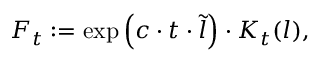
F _ { t } : = \exp \left( c \cdot t \cdot \tilde { l } \right) \cdot K _ { t } ( l ) ,